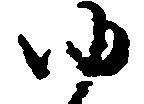
ゆ